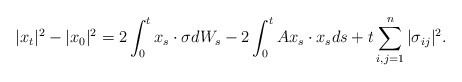
\begin{align*} |x_t|^2- |x_0|^2 = 2\int_0^t x_s \cdot \sigma dW_s - 2\int_0^t Ax_s \cdot x_s ds + t \sum_{i,j=1}^n |\sigma_{ij}|^2 .\end{align*}